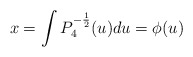
\begin{align*}x=\int P_{4}^{-\frac{1}{2}}(u)du=\phi (u)\end{align*}